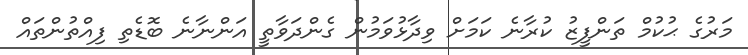
މަރުގެ ޙުކުމް ތަންފީޒު ކުރާނެ ކަމަށް ވިދާޅުވަމުން ގެންދަވާތީ އަންނާނެ ބޮޑެތި ފިއްތުންތައް